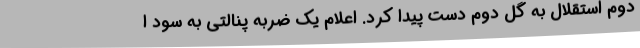
دوم استقلال به گل دوم دست پیدا کرد. اعلام یک ضربه پنالتی به سود ا